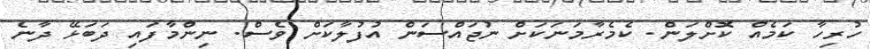
ހުރިހާ ކަމެއް ކޮށްލަން. ކެމެރާމަނަކަށް ނުޖައްސަން އުފުލާކަށް ވެސް. ނިންމާފައި ދަބަޅޭ ދާނެ